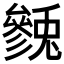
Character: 𱑯